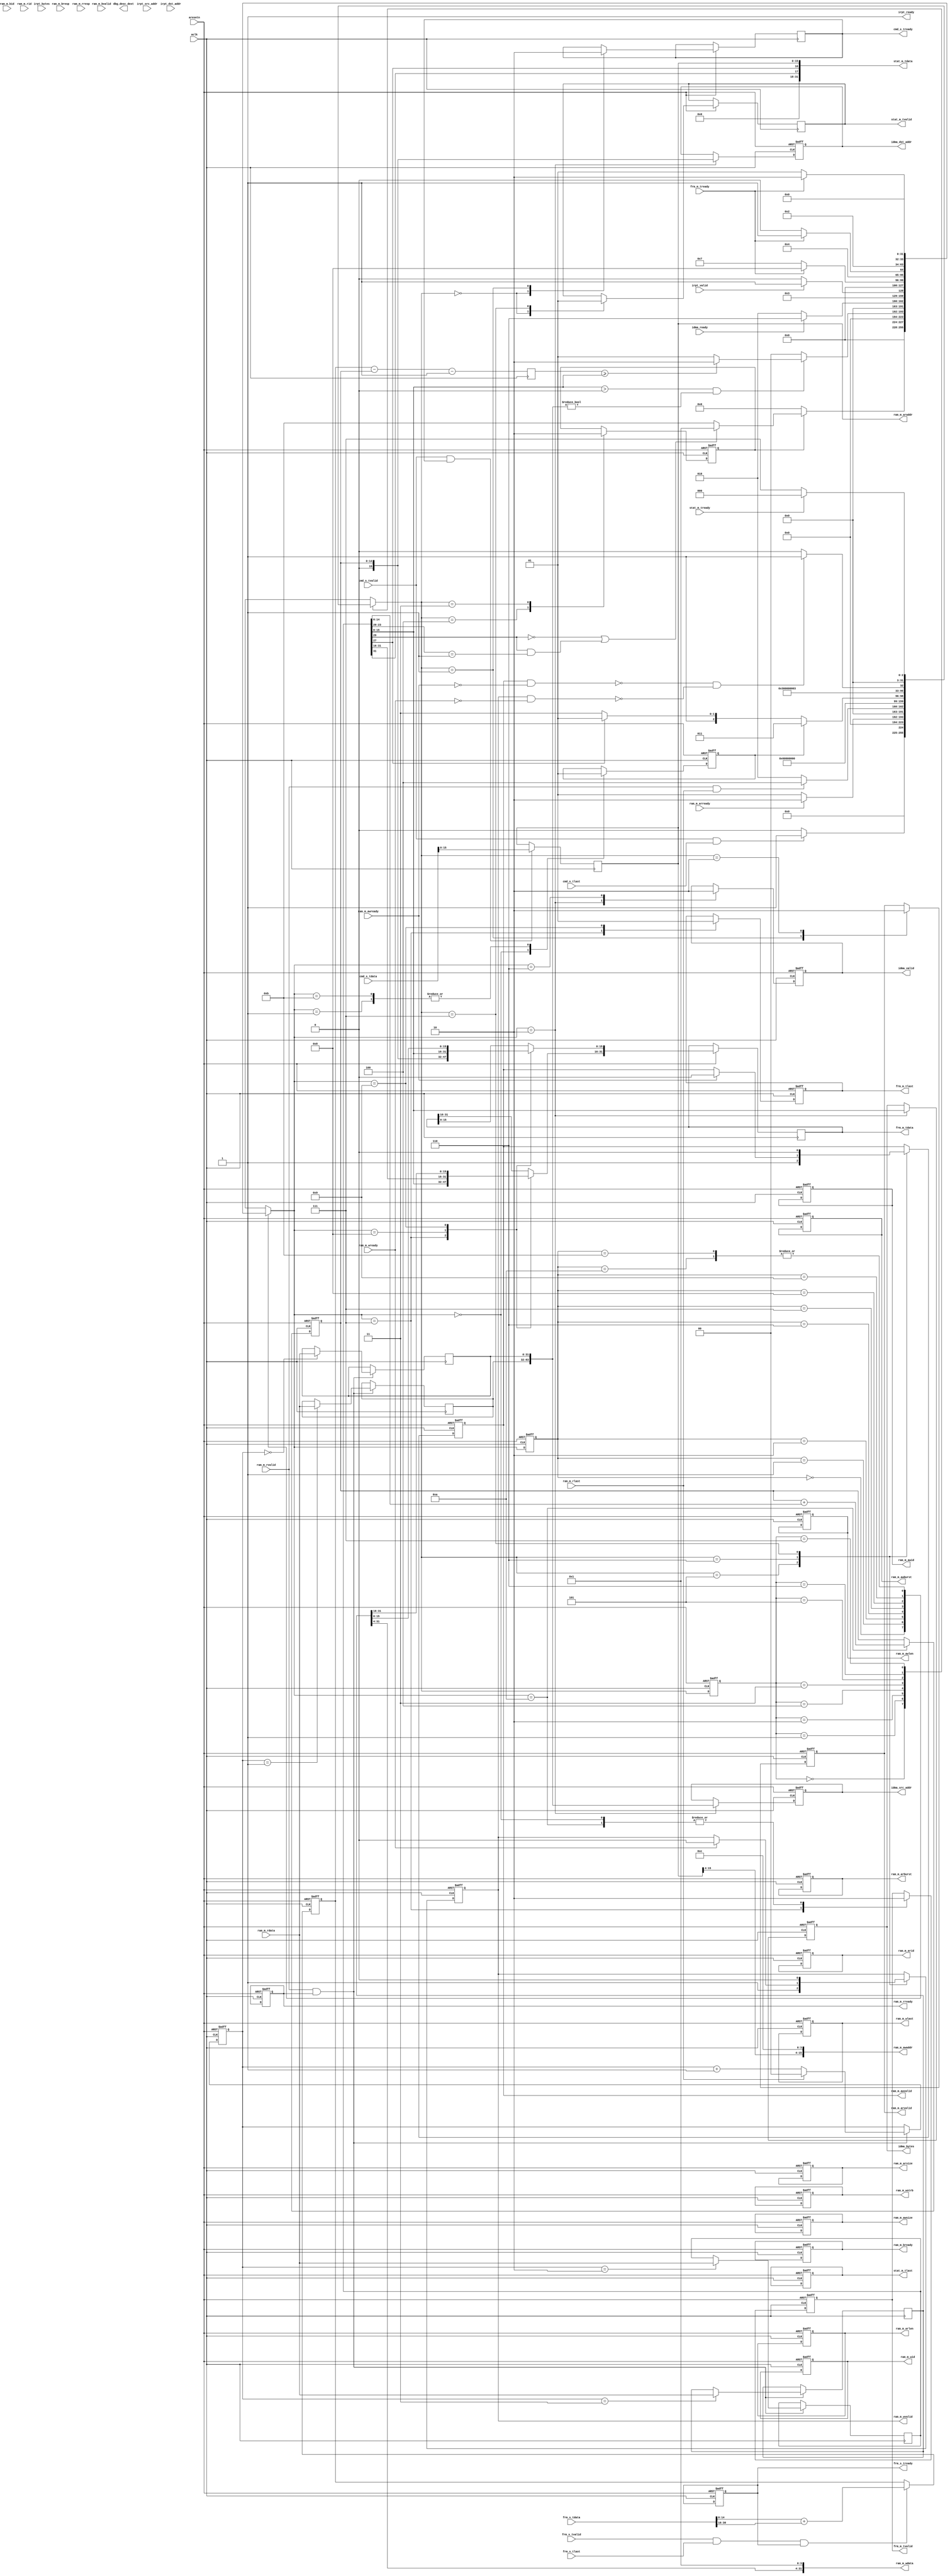
module tx_engine(
	input aclk,
	input aresetn,

	output dbg_desc_dext,

	// Command Port
	// [31:16]=RSV, [15:0]=Local Address
	input [31:0] cmd_s_tdata,
	input cmd_s_tvalid,
	input cmd_s_tlast,
	output reg cmd_s_tready,

	// Response Port
	// [31:18]=RSV, [17]=IDE, [16]=RS, [15:0]=Local Address
	output reg [31:0] stat_m_tdata,
	output reg stat_m_tvalid,
	output reg stat_m_tlast,
	input stat_m_tready,

	output reg [3:0] ram_m_awid,
	output reg [15:0] ram_m_awaddr,

	output reg [7:0] ram_m_awlen,
	output reg [2:0] ram_m_awsize,
	output reg [1:0] ram_m_awburst,
	output reg ram_m_awvalid,
	input ram_m_awready,

	output reg [3:0] ram_m_wid,
	output reg [31:0] ram_m_wdata,
	output reg [3:0] ram_m_wstrb,
	output reg ram_m_wlast,
	output reg ram_m_wvalid,
	input ram_m_wready,

	input [3:0] ram_m_bid,
	input [1:0] ram_m_bresp,
	input ram_m_bvalid,
	output reg ram_m_bready,

	output reg [3:0] ram_m_arid,
	output reg [15:0] ram_m_araddr,
	output reg [7:0] ram_m_arlen,
	output reg [2:0] ram_m_arsize,
	output reg [1:0] ram_m_arburst,
	output reg ram_m_arvalid,
	input ram_m_arready,

	input [3:0] ram_m_rid,
	input [31:0] ram_m_rdata,
	input [1:0] ram_m_rresp,
	input ram_m_rlast,
	input ram_m_rvalid,
	output reg ram_m_rready,

	// iDMA Command Port
	output reg [63:0] idma_src_addr,
	output reg [15:0] idma_dst_addr,
	output reg [15:0] idma_bytes,
	output reg idma_valid,
	input	idma_ready,

	// iDMA Response Port
	input [63:0] irpt_src_addr,
	input [15:0] irpt_dst_addr,
	input [15:0] irpt_bytes,
	input irpt_valid,
	output irpt_ready,

	// Frame Process Command Port
	// C1: [31:16]=Length, [15:0]=Local Address 
	// C2: [31:0]=DESC_DW2
	// C3: [31:0]=DESC_DW3
	output reg [31:0] frm_m_tdata,
	output reg frm_m_tvalid,
	output reg frm_m_tlast,
	input frm_m_tready,

	// Frame Process Response Port
	// [31:16]=Length, [15:0]=Local Address
	input [31:0] frm_s_tdata,
	input frm_s_tvalid,
	input frm_s_tlast,
	output reg frm_s_tready
);

parameter DATA_RAM_DWORDS=8192;

function integer clogb2 (input integer size);
begin
	size = size - 1;
	for (clogb2=1; size>1; clogb2=clogb2+1)
		size = size >> 1;
end
endfunction

localparam DRAM_ADDR_BITS = clogb2(DATA_RAM_DWORDS*4);

localparam DTYPE_DATA = 4'b0001;
localparam DTYPE_CONTEXT = 4'b0000;

reg [15:0] local_addr;
reg [1:0] fetch_cnt;

reg [31:0] desc_dw0;
reg [31:0] desc_dw1;
reg [31:0] desc_dw2;
reg [31:0] desc_dw3;

reg start_fetch_data;
reg busy_fetch_data;
reg [DRAM_ADDR_BITS-1:0] dram_head;
reg [DRAM_ADDR_BITS-1:0] dram_tail;
reg [DRAM_ADDR_BITS-1:0] dram_available;

// Legacy Descriptor Layout
wire [63:0] desc_buf_addr;
wire [3:0] desc_dtyp;
wire [15:0] desc_special;
wire [7:0] desc_css;
wire [7:0] desc_cso;
wire [15:0] desc_length;
wire desc_eop;
wire desc_ifcs;
wire desc_ic;
wire desc_rs;
wire desc_dext;
wire desc_vle;
wire desc_ide;
wire [7:0] desc_cmd;
wire [3:0] desc_sta;
wire [11:0] desc_vlan;
wire desc_cfi;
wire [2:0] desc_pri;

// Context Descriptor Layout
wire [7:0] desc_ipcss;
wire [7:0] desc_ipcso;
wire [15:0] desc_ipcse;
wire [7:0] desc_tucss;
wire [7:0] desc_tucso;
wire [15:0] desc_tucse;
wire [19:0] desc_paylen;
wire [7:0] desc_tucmd;
wire [7:0] desc_hdrlen;
wire [15:0] desc_mss;

// Data Descriptor Layout
wire [19:0] desc_dtalen;
wire [7:0] desc_dcmd;
wire [7:0] desc_ports;
wire desc_ixsm;
wire desc_txsm;

integer state, state_next;

localparam S_IDLE=0, S_FETCH_ASTB=1, S_FETCH_DLATCH=2, S_PROCESS=3,
	S_CHECK_RS=4, S_WRITE_STROBE=5, S_WRITE_ACK=6, S_REPORT=7;

integer s2, s2_next;
localparam S2_IDLE=0, S2_FETCH_CALC=1, S2_FETCH_C1=2,  S2_FETCH_ACK=6, 
	S2_CMD_C1=7, S2_CMD_C2=8, S2_CMD_C3=9, S2_INCR=10, S2_UNSUPPORT=11;

assign irpt_ready = 1'b1;

assign desc_buf_addr = {desc_dw1, desc_dw0};
assign desc_length = desc_dw2[15:0];
assign desc_cso = desc_dw2[23:16];
assign desc_dtyp = desc_dw2[23:20];

assign desc_cmd = desc_dw2[31:24];
assign desc_eop = desc_cmd[0];
assign desc_ifcs = desc_cmd[1];
assign desc_ic = desc_cmd[2];
assign desc_rs = desc_cmd[3];
assign desc_dext = desc_cmd[5];
assign desc_vle = desc_cmd[6];
assign desc_ide = desc_cmd[7];

assign desc_sta = desc_dw3[3:0];
assign desc_css = desc_dw3[15:8];

assign desc_special = desc_dw3[31:16];
assign desc_vlan = desc_special[11:0];
assign desc_cfi = desc_special[12];
assign desc_pri = desc_special[15:13];

assign desc_ipcss = desc_dw0[7:0];
assign desc_ipcso = desc_dw0[15:8];
assign desc_ipcse = desc_dw0[31:16];
assign desc_tucss = desc_dw1[7:0];
assign desc_tucso = desc_dw1[15:8];
assign desc_tucse = desc_dw1[31:16];
assign desc_paylen = desc_dw2[19:0];

assign desc_tucmd = desc_dw2[31:24];
assign desc_tcp = desc_tucmd[0];
assign desc_ip = desc_tucmd[1];
assign desc_tse = desc_tucmd[2];

assign desc_hdrlen = desc_dw3[15:8];
assign desc_mss = desc_dw3[31:16];

assign desc_dcmd = desc_dw2[31:24];
assign desc_ports = desc_dw3[15:8];
assign desc_ixsm = desc_ports[0];
assign desc_txsm = desc_ports[1];

assign dbg_te_desc_dext = desc_dext;

////////////////////////////////////////////////////////////////////////////////
// Stage 1 Descriptor fetching

always @(*) 
begin
	ram_m_awaddr = {local_addr[15:4],4'hC};
	ram_m_wdata = {desc_dw3[31:4],1'b0/*RSV*/,1'b0/*LC*/,1'b0/*EC*/,1'b1/*DD*/};
	ram_m_araddr = local_addr;
	stat_m_tdata[31:18] = 14'b0;
	stat_m_tdata[17] = desc_ide;
	stat_m_tdata[16] = desc_rs;
	stat_m_tdata[15:0] = local_addr;
end

always @(posedge aclk)
begin
	if(cmd_s_tvalid && cmd_s_tready)
		local_addr <= cmd_s_tdata[15:0];
end

always @(posedge aclk, negedge aresetn)
begin
	if(!aresetn)
		fetch_cnt <= 0;
	else if(ram_m_rvalid && ram_m_rready)
		if(ram_m_rlast)
			fetch_cnt <= 0;
		else
			fetch_cnt <= fetch_cnt+1;
end

always @(posedge aclk)
begin
	if(ram_m_rvalid && ram_m_rready)
		case(fetch_cnt) /* synthesis full_case */
			2'b00: desc_dw0 <= ram_m_rdata;
			2'b01: desc_dw1 <= ram_m_rdata;
			2'b10: desc_dw2 <= ram_m_rdata;
			2'b11: desc_dw3 <= ram_m_rdata;
		endcase
end

always @(posedge aclk, negedge aresetn)
begin
	if(!aresetn)
		state <= S_IDLE;
	else
		state <= state_next;
end

always @(*)
begin
	case(state)
		S_IDLE: begin
			if(cmd_s_tvalid && cmd_s_tlast)
				state_next = S_FETCH_ASTB;
			else
				state_next = S_IDLE;
		end
		S_FETCH_ASTB: begin
			if(ram_m_arready)
				state_next = S_FETCH_DLATCH;
			else
				state_next = S_FETCH_ASTB;
		end
		S_FETCH_DLATCH: begin
			if(ram_m_rvalid && ram_m_rlast)
				state_next = S_CHECK_RS;
			else
				state_next = S_FETCH_DLATCH;
		end
		S_CHECK_RS: begin
			state_next = S_PROCESS;
		end
		S_PROCESS: begin
			if(busy_fetch_data)
				state_next = S_PROCESS;
			else if(desc_rs)
				state_next = S_WRITE_STROBE;
			else
				state_next = S_REPORT;
		end
		S_WRITE_STROBE: begin
			state_next = S_WRITE_ACK;
		end
		S_WRITE_ACK: begin
			if(!(ram_m_awvalid && !ram_m_awready)
			   	&& !(ram_m_wvalid && !ram_m_wready))
				state_next = S_REPORT;
			else
				state_next = S_WRITE_ACK;
		end
		S_REPORT: begin
			if(stat_m_tready)
				state_next = S_IDLE;
			else
				state_next = S_REPORT;
		end
		default: begin
			state_next = 'bx;
		end
	endcase
end

always @(posedge aclk, negedge aresetn)
begin
	if(!aresetn) begin
		ram_m_arid <= 'b0;
		ram_m_arlen <= 3'd3;
		ram_m_arsize <= 3'b010;
		ram_m_arburst <= 2'b01;
		ram_m_arvalid <= 1'b0;
		ram_m_awid <= 'b0;
		ram_m_awlen <= 3'd0;
		ram_m_awsize <= 3'b010;
		ram_m_awburst <= 2'b01;
		ram_m_awvalid <= 1'b0;
		ram_m_wid <= 'b0;
		ram_m_wvalid <= 1'b0;
		ram_m_wstrb <= 4'b0001;
		ram_m_wlast <= 1'b1;
		stat_m_tlast <= 1'b1;
		ram_m_bready <= 1'b1;
		ram_m_rready <= 1'b1;
		start_fetch_data <= 1'b0;
	end
	else case(state_next)
		S_IDLE: begin
			stat_m_tvalid <= 1'b0;
			cmd_s_tready <= 1'b1;
		end
		S_FETCH_ASTB: begin
			cmd_s_tready <= 1'b0;
			ram_m_arvalid <= 1'b1;
		end
		S_FETCH_DLATCH: begin
			ram_m_arvalid <= 1'b0;
		end
		S_CHECK_RS: begin
			start_fetch_data <= 1'b1;
		end
		S_PROCESS: begin
			start_fetch_data <= 1'b0;
		end
		S_WRITE_STROBE: begin
			ram_m_awvalid <= 1'b1;
			ram_m_wvalid <= 1'b1;
		end
		S_WRITE_ACK: begin
			if(ram_m_awready)
				ram_m_awvalid <= 1'b0;
			if(ram_m_wready)
				ram_m_wvalid <= 1'b0;
		end
		S_REPORT: begin
			ram_m_awvalid <= 1'b0;
			ram_m_wvalid <= 1'b0;
			stat_m_tvalid <= 1'b1;
		end
	endcase
end

////////////////////////////////////////////////////////////////////////////////
// Stage 2 - Data Packet Fetching

always @(posedge aclk, negedge aresetn)
begin
	if(!aresetn)
		s2 <= S2_IDLE;
	else
		s2 <= s2_next;
end

always @(*)
begin
	case(s2)
		S2_IDLE: begin
			if(start_fetch_data)
				if(!desc_dext || (desc_dext && desc_dtyp==DTYPE_DATA))
					s2_next = S2_FETCH_CALC;
				else // FIXME: add context descriptor support
					s2_next = S2_UNSUPPORT;
			else
				s2_next = S2_IDLE;
		end
		S2_FETCH_CALC: begin
			if(desc_length>0 && desc_buf_addr!=64'b0) // 0 is null pointer
				if(dram_available >= desc_length)
					s2_next = S2_FETCH_C1;
				else
					s2_next = S2_FETCH_CALC;
			else
				s2_next = S2_IDLE;
		end
		S2_FETCH_C1: begin
			if(idma_ready)
				s2_next = S2_FETCH_ACK;
			else
				s2_next = S2_FETCH_C1;
		end
		S2_FETCH_ACK: begin
			if(irpt_valid)
				s2_next = S2_CMD_C1;
			else
				s2_next = S2_FETCH_ACK;
		end
		S2_CMD_C1: begin
			if(frm_m_tready)
				s2_next = S2_CMD_C2;
			else
				s2_next = S2_CMD_C1;
		end
		S2_CMD_C2: begin
			if(frm_m_tready)
				s2_next = S2_CMD_C3;
			else
				s2_next = S2_CMD_C2;
		end
		S2_CMD_C3: begin
			if(frm_m_tready)
				s2_next = S2_INCR;
			else
				s2_next = S2_CMD_C3;
		end
		S2_INCR: begin
			s2_next = S2_IDLE;
		end
		S2_UNSUPPORT: begin // TODO: add other process 
			s2_next = S2_IDLE;
		end
		default: begin
			s2_next = 'bx;
		end
	endcase
end

always @(posedge aclk, negedge aresetn)
begin
	if(!aresetn) begin
		busy_fetch_data <= 1'b0;
		idma_src_addr <= 'bx;
		idma_dst_addr <= 'bx;
		idma_bytes <= 'bx;
		idma_valid <= 1'b0;
		frm_m_tvalid <= 1'b0;
		frm_m_tlast <= 1'bx;
		frm_s_tready <= 1'b1;
		dram_tail <= 'b0;
	end
	else case(s2_next)
		S2_IDLE: begin
			busy_fetch_data <= 1'b0;
			frm_m_tvalid <= 1'b0;
		end
		S2_FETCH_CALC: begin
			busy_fetch_data <= 1'b1;
		end
		S2_FETCH_C1: begin
			idma_src_addr <= desc_buf_addr;
			idma_dst_addr <= dram_tail;
			idma_bytes <= desc_length;
			idma_valid <= 1'b1;
		end
		S2_FETCH_ACK: begin
			idma_valid <= 1'b0;
		end
		S2_CMD_C1: begin
			frm_m_tdata[15:0] <= dram_tail; 
			frm_m_tdata[31:16] <= desc_length;
			frm_m_tvalid <= 1'b1;
			frm_m_tlast <= 1'b0;
		end
		S2_CMD_C2: begin
			frm_m_tdata <= desc_dw2;
		end
		S2_CMD_C3: begin
			frm_m_tdata <= desc_dw3;
			frm_m_tlast <= 1'b1;
		end
		S2_INCR: begin
			frm_m_tvalid <= 1'b0;
			dram_tail <= dram_tail+desc_length;
		end
		S2_UNSUPPORT: begin
			busy_fetch_data <= 1'b1;
		end
	endcase
end

////////////////////////////////////////////////////////////////////////////////
// Stage 3 - Collect Data RAM space

always @(posedge aclk, negedge aresetn)
begin
	if(!aresetn) begin
		dram_head <= 'b0;
	end
	else if(frm_s_tvalid && frm_s_tlast && frm_s_tready) begin
		dram_head <= frm_s_tdata[15:0] + frm_s_tdata[31:16];
	end
end

always @(posedge aclk)
begin
	dram_available <= dram_head-dram_tail-1;
end
endmodule